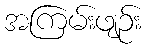
အကြမ်းဖျဉ်း